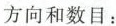
方向和数目：